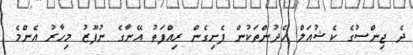
ދެ ޖިންސުގެ ކެޝުއަލް ހެދުންތަކުން ފެށިގެން ރިއްފަތު އޭނާގެ ނުފޫޒު މިހާރު އެންމެ